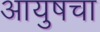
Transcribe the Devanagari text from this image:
आयुषचा